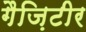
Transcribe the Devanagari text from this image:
गैज़िटीर